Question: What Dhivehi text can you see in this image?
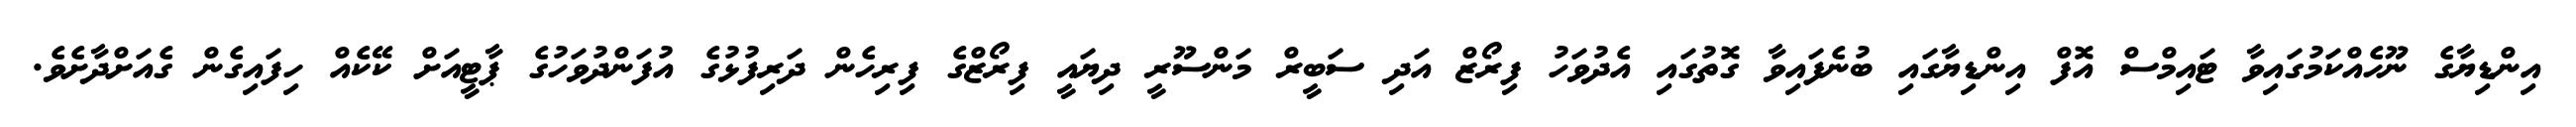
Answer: އިންޑިޔާގެ ނޫހެއްކަމުގައިވާ ޓައިމްސް އޮފް އިންޑިޔާގައި ބުނެފައިވާ ގޮތުގައި އެދުވަހު ފިރޯޒް އަދި ސަބީރް މަންސޫރީ ދިޔައީ ފިރޯޒްގެ ފިރިހެން ދަރިފުޅުގެ އުފަންދުވަހުގެ ޕާޓީއަށް ކޭކެއް ހިފައިގެން ގެއަށްދާށެވެ.